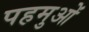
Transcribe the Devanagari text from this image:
पहमुओं